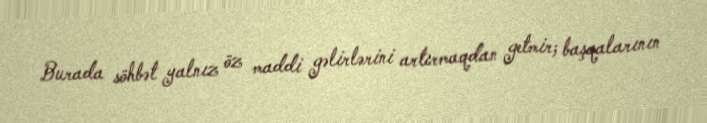
Burada söhbət yalnız öz maddi gəlirlərini artırmaqdan getmir; başqalarının